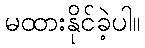
မထားနိုင်ခဲ့ပါ။